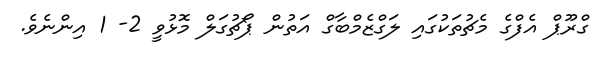
ގްރޫޕް އެފްގެ މެޗުތަކުގައި ލަގްޒެމްބާގް އަތުން ޕޯޗުގަލް މޮޅުވީ 2- 1 އިންނެވެ.